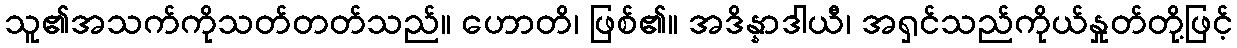
သူ၏အသက်ကိုသတ်တတ်သည်။ ဟောတိ၊ ဖြစ်၏။ အဒိန္နာဒါယီ၊ အရှင်သည်ကိုယ်နှုတ်တို့ဖြင့်